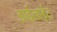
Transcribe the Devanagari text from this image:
डाईलाईट